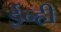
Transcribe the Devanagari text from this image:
ईन्ही